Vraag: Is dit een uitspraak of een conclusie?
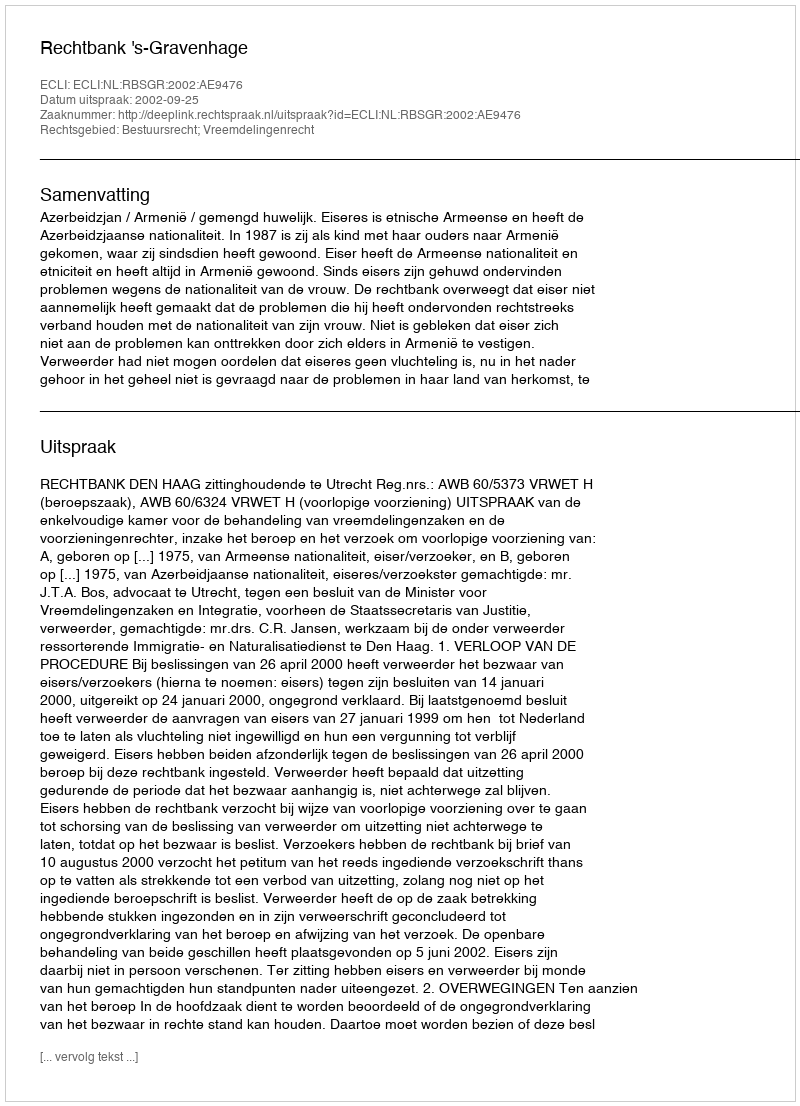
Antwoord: Uitspraak